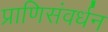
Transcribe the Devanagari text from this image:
प्राणिसंवर्धन